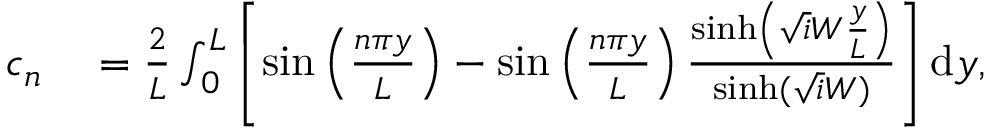
\begin{array} { r l } { c _ { n } } & { { } = \frac { 2 } { L } \int _ { 0 } ^ { L } \left[ \sin \left( \frac { n \pi y } { L } \right) - \sin \left( \frac { n \pi y } { L } \right) \frac { \sinh \left( \sqrt i W \frac { y } { L } \right) } { \sinh ( \sqrt i W ) } \right] \mathrm { d } y , } \end{array}